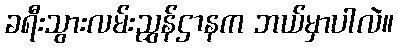
ခရီးသွားလမ်းညွှန်ဌာနက ဘယ်မှာပါလဲ။